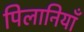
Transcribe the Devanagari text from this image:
पिलानियाँ